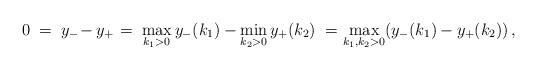
LaTeX: \begin{align*}0 \mkern5mu=\mkern5mu y_ -\mkern-3mu- y_+\mkern1mu=\mkern5mu \max_{k_1>0} y_-(k_1) - \min_{k_2>0} y_+(k_2)\mkern5mu=\mkern1mu \max_{k_1, k_2 >0}\! \left(y_-(k_1)\mkern-.5mu - y_+(k_2)\right),\end{align*}